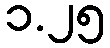
၁.၂၅